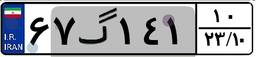
۶۷گ۱۴۱۱۰